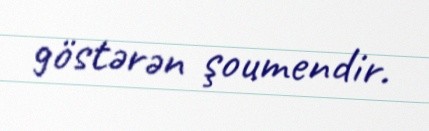
göstərən şoumendir.